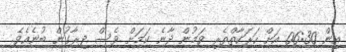
އިން 06:30 އަށް ހަރަކާތްތެރި ވަމުން ދާނެ ކަމަށް ވެސް ދިރާގުން ބުނެއެވެ.